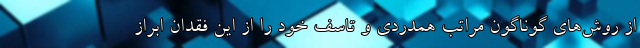
از روش‌های گوناگون مراتب همدردی و تاسف خود را از این فقدان ابراز